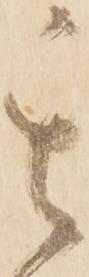
其